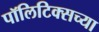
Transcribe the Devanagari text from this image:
पॉलिटिक्सच्या